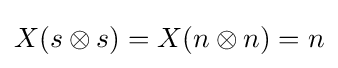
X(s\otimes s)=X(n\otimes n)=n